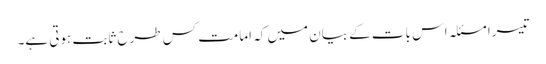
تیسرا مسئلہ اس بات کے بیان میں کہ امامت کس طرح ثابت ہوتی ہے۔